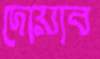
দোয়াব